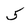
Character: 5